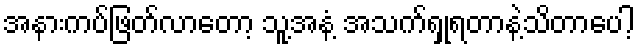
အနားကပ်ဖြတ်လာတော့ သူ့အနံ့ အသက်ရှုရတာနဲ့သိတာပေါ့